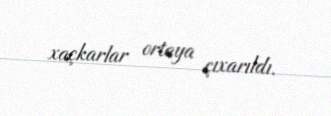
xaçkarlar ortaya çıxarıldı.